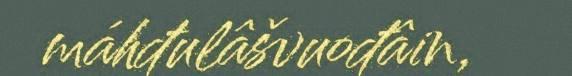
máhđulâšvuođâin,